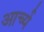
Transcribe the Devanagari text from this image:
आर्च्य